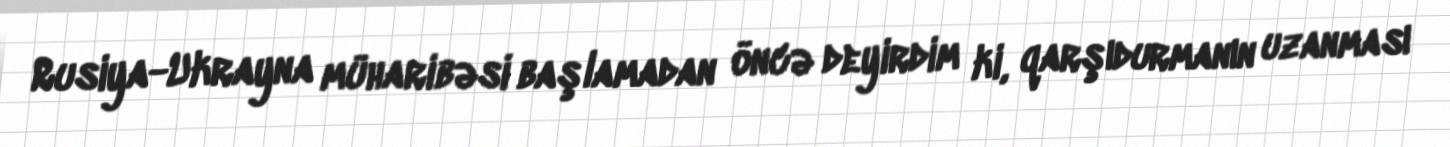
Rusiya-Ukrayna müharibəsi başlamadan öncə deyirdim ki, qarşıdurmanın uzanması